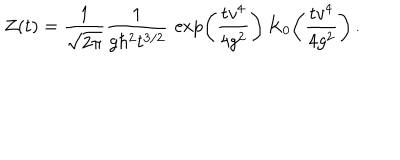
Z ( t ) = { \frac { 1 } { \sqrt { 2 \pi } } } { \frac { 1 } { g \hbar ^ { 2 } t ^ { 3 / 2 } } } \, \exp \! \left( { \frac { t v ^ { 4 } } { 4 g ^ { 2 } } } \right) K _ { 0 } \! \left( { \frac { t v ^ { 4 } } { 4 g ^ { 2 } } } \right) .